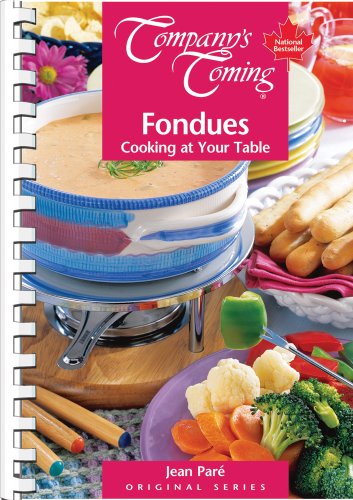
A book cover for Fondues (Company's Coming); Jean Pare; Cookbooks, Food & Wine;